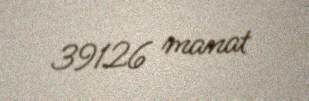
39126 manat